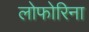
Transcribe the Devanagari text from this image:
लोफोरिना